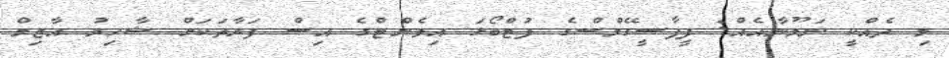
މި ދެއްކީ ނަމޫނާއެއް: ފީފާސީގޭމްސްގެ ފުޓްބޯޅަ އިވެންޓްގެ އިސް ފަރާތަކަށް ޝާހިރު އާޒިމް